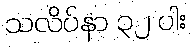
သလိပ်နာ ၃၂ ပါး